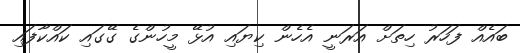
ބައެއް ފަހަރު ހިތަށް އަރަނީ އެހެން ކިޔައި އުޅޭ މީހުންގެ ގޭގައި ކައްކާފައި